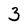
Character: 3